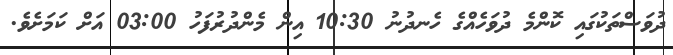
ދުވަސްތަކުގައި ކޮންމެ ދުވަހެއްގެ ހެނދުނު 10:30 އިން މެންދުރުފަހު 03:00 އަށް ކަމަށެވެ.